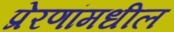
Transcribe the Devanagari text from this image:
प्रेरणांमधील